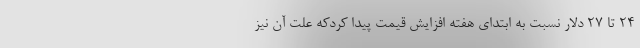
۲۴ تا ۲۷ دلار نسبت به ابتدای هفته افزایش قیمت پیدا کردکه علت آن نیز